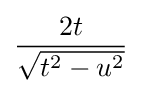
{\frac {2t}{\sqrt {t^{2}-u^{2}}}}